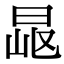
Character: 𣆠